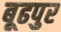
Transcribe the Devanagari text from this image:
बूढपुर